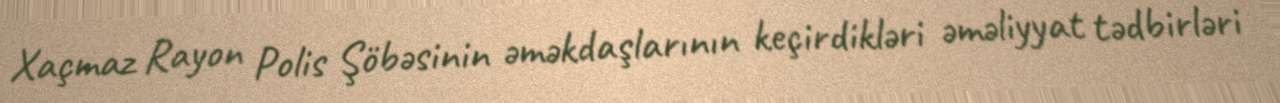
Xaçmaz Rayon Polis Şöbəsinin əməkdaşlarının keçirdikləri əməliyyat tədbirləri